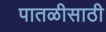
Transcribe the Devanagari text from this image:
पातळीसाठी